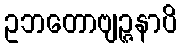
ဥဘတောဗျဉ္ဇနာပိ